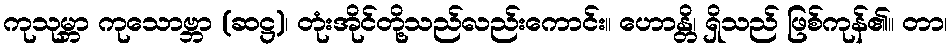
ကုသုမ္ဘာ ကုသောဗ္ဘာ (ဆဋ္ဌ)၊ တုံးအိုင်တို့သည်လည်းကောင်း။ ဟောန္တိ၊ ရှိသည် ဖြစ်ကုန်၏။ တာ၊